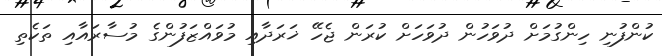
ކުންފުނި ހިންގުމަށް ދުވަހުން ދުވަހަށް ކުރަން ޖެހޭ ޚަރަދާއި މުވައްޒަފުންގެ މުސާރައާއި ތަކެތި